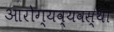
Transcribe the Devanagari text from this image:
आरोग्यव्यवस्था